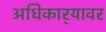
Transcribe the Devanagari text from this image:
अधिकार्‍यावर